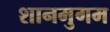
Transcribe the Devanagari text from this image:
शानमुगम